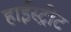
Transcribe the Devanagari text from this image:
हाईस्ट्रीट